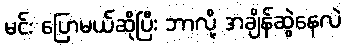
မင်း ပြောမယ်ဆိုပြီး ဘာလို့ အချိန်ဆွဲနေလဲ